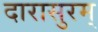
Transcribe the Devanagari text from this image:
दारासुरम्